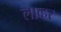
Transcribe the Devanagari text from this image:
लाव्हर